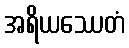
အရိယဿေတံ